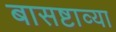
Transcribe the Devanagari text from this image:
बासष्टाव्या